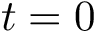
t = 0